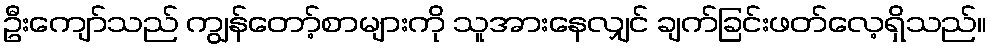
ဦးကျော်သည် ကျွန်တော့်စာများကို သူအားနေလျှင် ချက်ခြင်းဖတ်လေ့ရှိသည်။